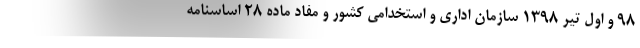
۹۸ و اول تیر ۱۳۹۸ سازمان اداری و استخدامی کشور و مفاد ماده ۲۸ اساسنامه